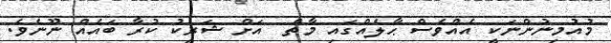
މުއުމިނުންނަކީ އެއްވެސް ޙާލެއްގައި މާތް  އަށް ޝަރީކު ކުރާ ބައެއް ނޫނެވެ.